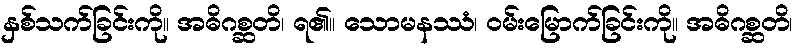
နှစ်သက်ခြင်းကို။ အဓိဂစ္ဆတိ၊ ရ၏။ သောမနဿံ၊ ဝမ်းမြောက်ခြင်းကို။ အဓိဂစ္ဆတိ၊